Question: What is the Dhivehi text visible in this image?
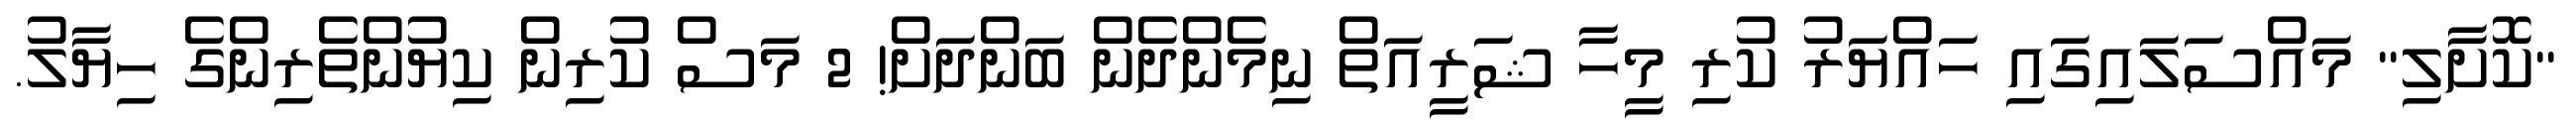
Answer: "ކޮށާލި" މައްސަލައިގައި ހައްޔަރު ކުރި މީހާ ޝަރީއަތް ނިމެންދެން ބަންދަށް! 2 މަސް ކުރިން ކިޔުންތެރިންގެ ހިޔާލު.